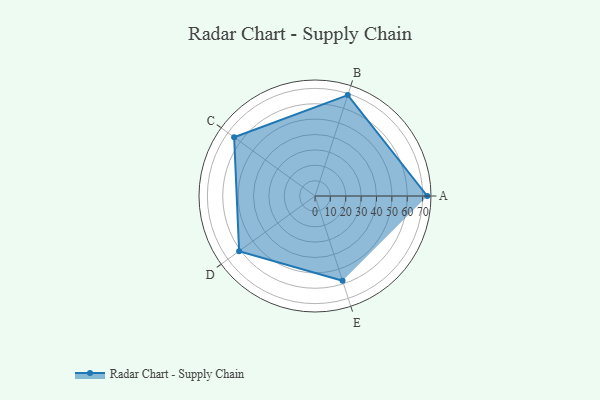
{"axis": {"x": "Skill", "y": "Score"}, "legend": ["Profile"], "data": [{"x": "A", "y": 73.0, "type": "Profile"}, {"x": "B", "y": 69.0, "type": "Profile"}, {"x": "C", "y": 65.0, "type": "Profile"}, {"x": "D", "y": 61.0, "type": "Profile"}, {"x": "E", "y": 58.0, "type": "Profile"}]}